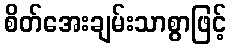
စိတ်အေးချမ်းသာစွာဖြင့်